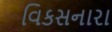
વિકસનારા